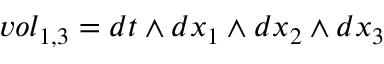
v o l _ { 1 , 3 } = d t \wedge d x _ { 1 } \wedge d x _ { 2 } \wedge d x _ { 3 }